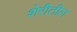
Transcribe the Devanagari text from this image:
शेरीतील